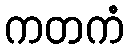
ကတကံ